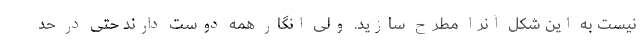
نیست به این شکل آنرا مطرح سازید. ولی انگار همه دوست دارند حتی در حد